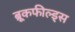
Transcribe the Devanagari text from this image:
ब्रूकफील्ड्स